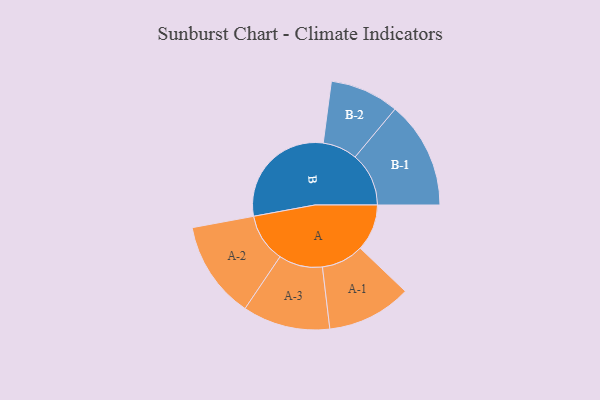
{"axis": {"x": "Segment", "y": "Value"}, "legend": ["", "A", "B"], "data": [{"x": "A", "y": 188, "type": ""}, {"x": "B", "y": 465, "type": ""}, {"x": "A-1", "y": 170, "type": "A"}, {"x": "A-2", "y": 196, "type": "A"}, {"x": "A-3", "y": 176, "type": "A"}, {"x": "B-1", "y": 216, "type": "B"}, {"x": "B-2", "y": 139, "type": "B"}]}